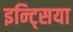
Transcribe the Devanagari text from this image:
इन्ट्सिया